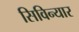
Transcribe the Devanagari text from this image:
सिविन्यार